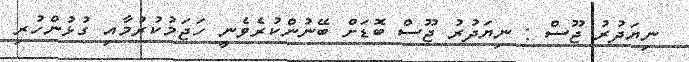
ނިޔަދުރު ޖޫސް : ނިޔަދުރު ޖޫސް ބޮޑަށް ބޭނުންކުރެވެނީ ހަޖަމުކުރުމާއި ގުޅުންހުރި